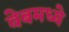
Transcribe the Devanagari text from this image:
वेबमध्ये